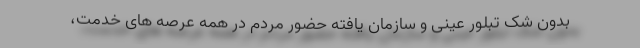
بدون شک تبلور عینی و سازمان یافته حضور مردم در همه عرصه های خدمت،